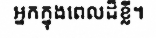
អ្នកក្នុងពេលដ៏ខ្លី។